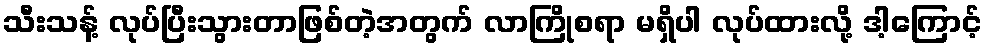
သီးသန့် လုပ်ပြီးသွားတာဖြစ်တဲ့အတွက် လာကြိုစရာ မရှိပါ လုပ်ထားလို့ ဒါ့ကြောင့်